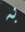
به